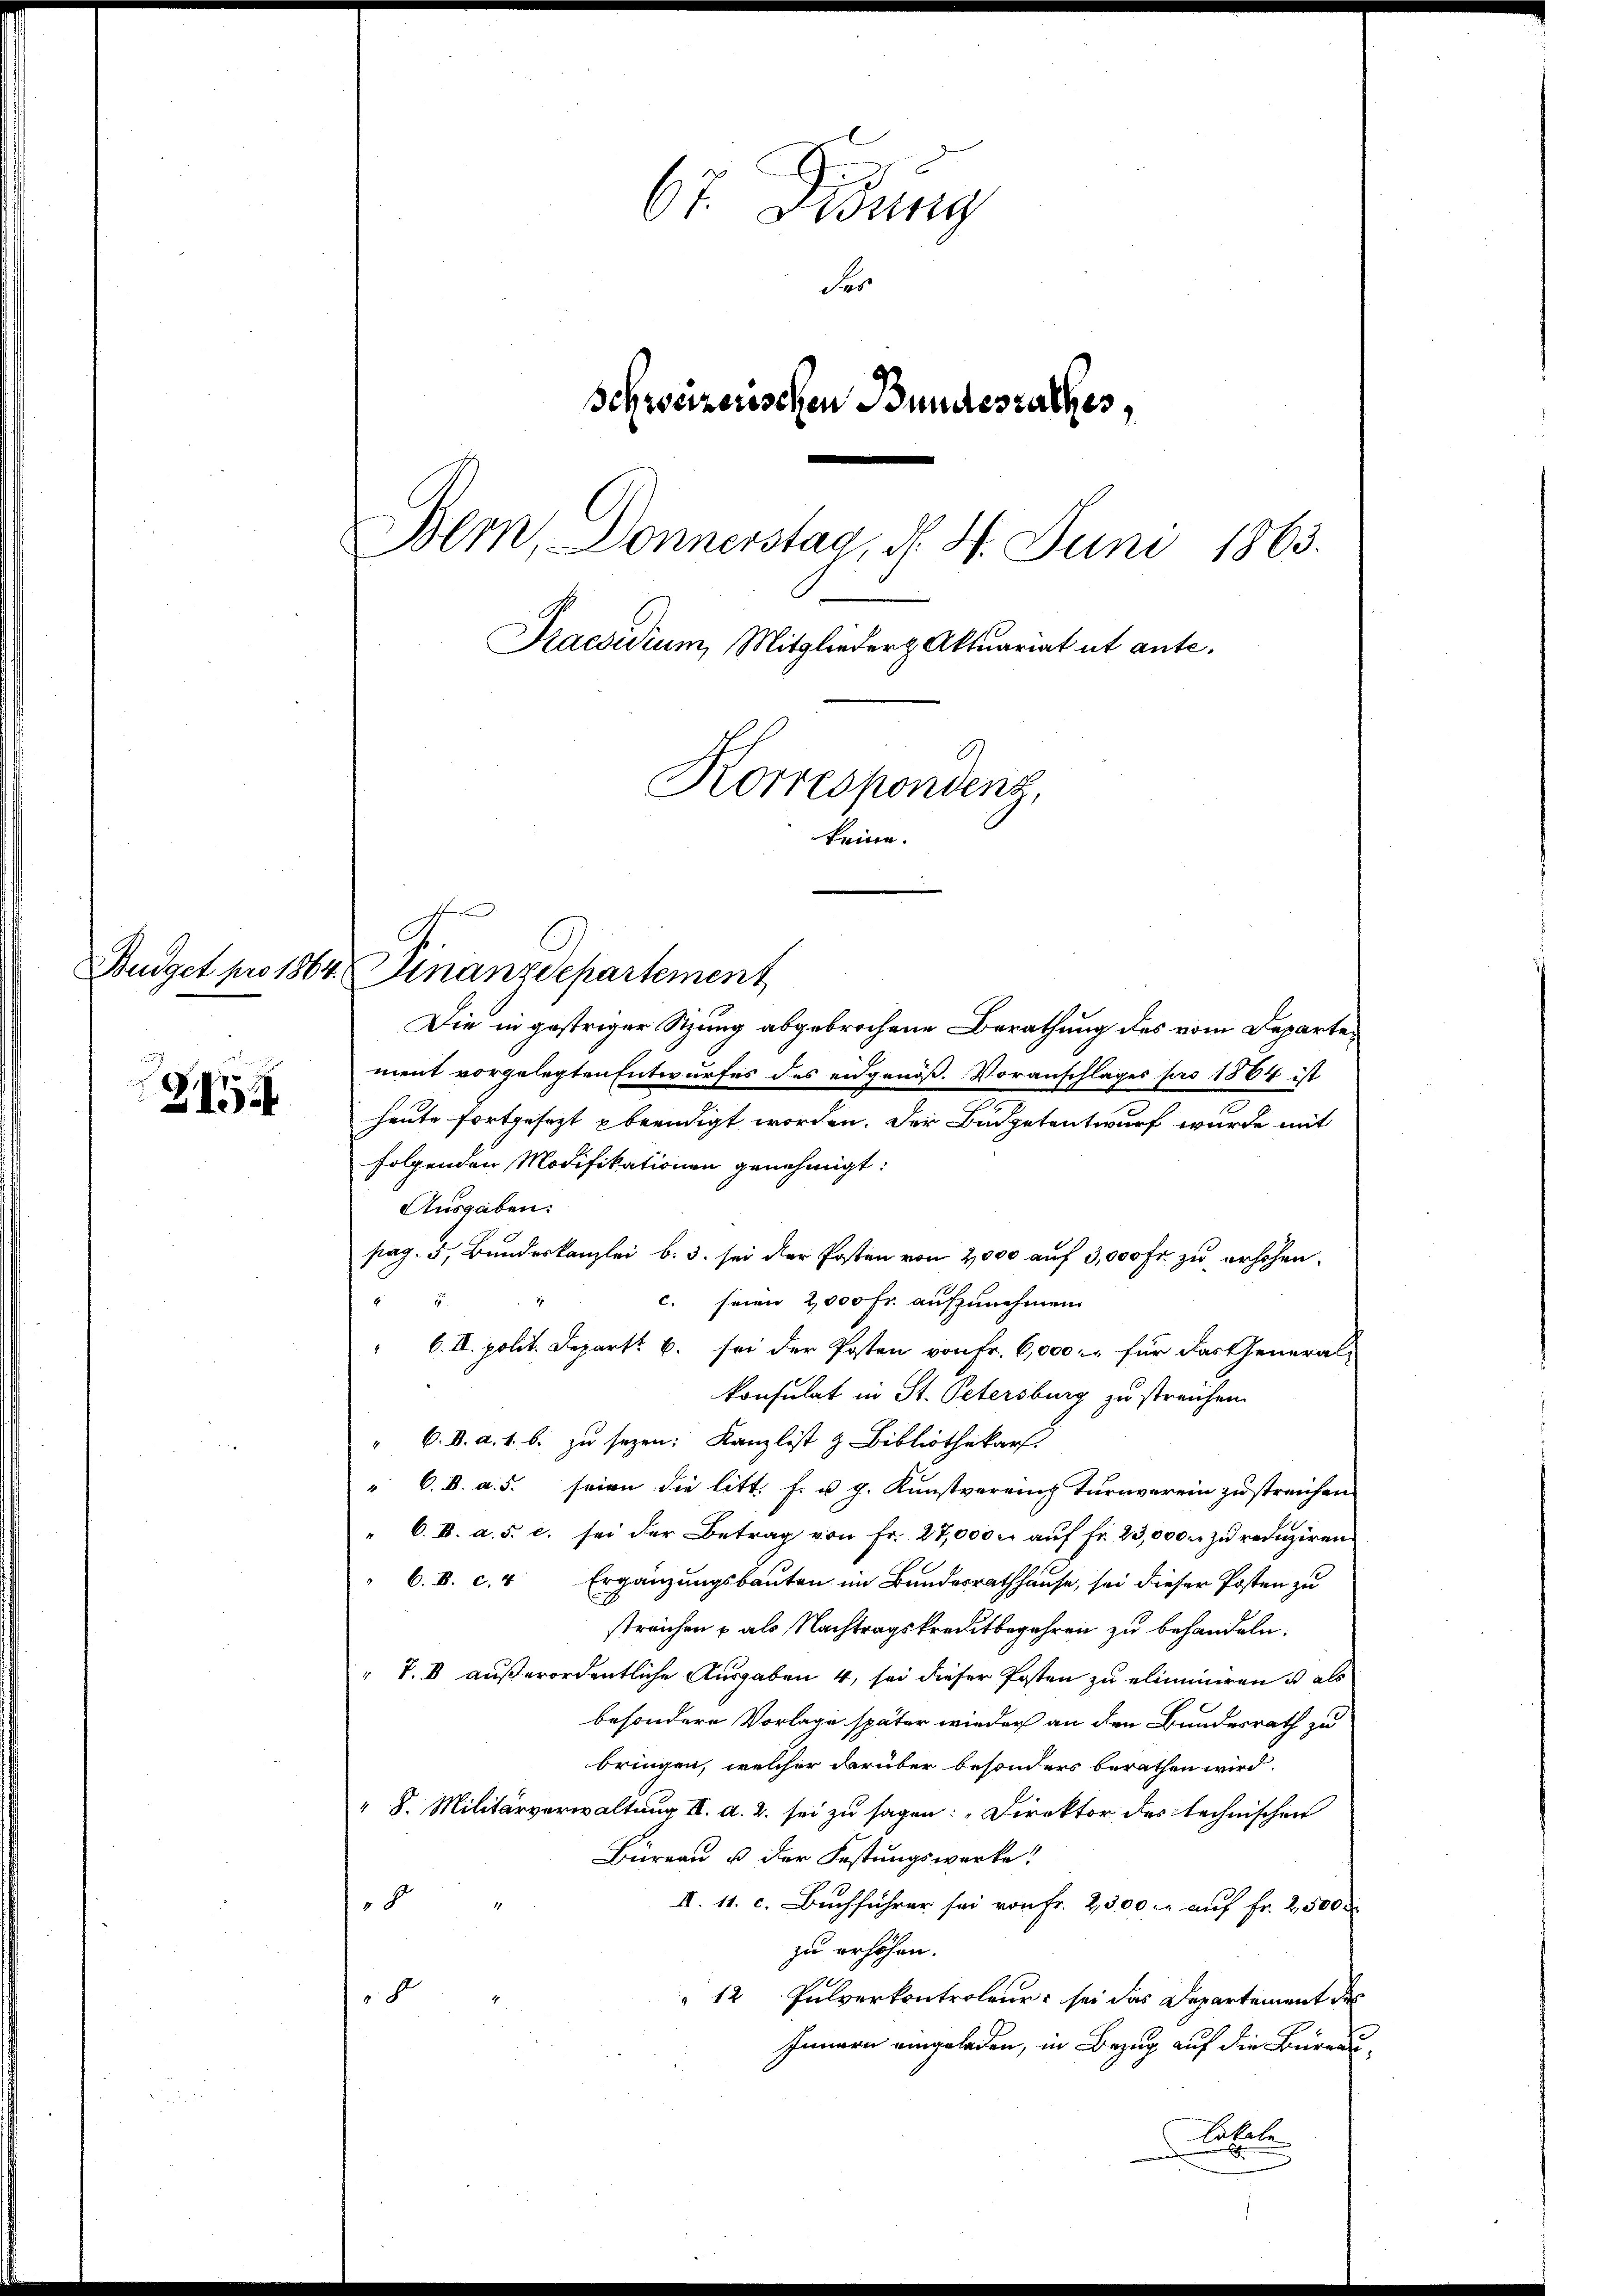
Z

67. Jung
Fer
Schweizerischen Bundesrathes,
Bern, Donnerstag, d. 4. Juni 1863.
Praesidium, Mitglieder Aktuariat ut ante.
Korrespondenz,
keine.

Budget pro 1864 Finanzdepartement

Die in gestriger Sitzung abgebrochene Berathung des vom Departement vorgelegten Entwurfes des eidgenöß. Voranschlages pro 1864 ist
heute fortgesezt beendigt worden. Der Budgetentwurf wurde mit
folgenden Modifikationen genehmigt:
Ausgaben:
pag. 5, Bundeskanzlei b. 3. sei der Posten von 2,000 auf 3,000 Fr. zu erhöhen.
c. seien 2000 Fr. aufzunehmen.
1
" 6. II. polit. Depart. 6. sei der Posten von Fr. 6,000.- für das General-
konsulat in St. Petersburg zu streichen.
" 6. d. d. 1. b. zu sezen: Kanzlist & Bibliothekars.
" C. B. a. 5. seien die litt. f. u. g. Kunstvereins Turnverein zu streichen
" 6. B. a. s. c. sei der Betrag von Fr. 27,000 r. aŭf fr. 23,000. zŭ reduziren.
6. B. c. 4 Ergänzungsbauten im Bundesrathhause, sei dieser Posten zu
streichen & als Nachtragskreditbegehren zu behandeln.
" V. B. außerordentliche Ausgaben 4, sei dieser Posten zu eliminiren u als
besondere Vorlage später wieder an den Bundesrath zu
bringen, welcher darüber besonders berathen wird.
" 8. Militärverwaltung III. d. 2. sei zu sagen: „Direktor des technischen
Büreau u der Festungswerke!
1
d
II. 11. c. Buchführer sei von Fr. 2300 r. auf Fr. 2500
zu erhöhen.
"12 Pulverkontroleur sei das Departement des
4
d
Innern eingeladen, in Bezug auf die Bureau-
Luhel